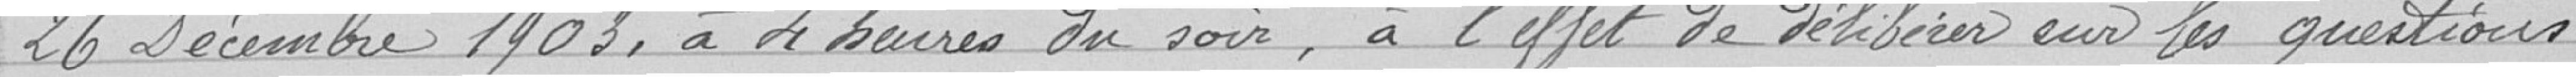
26 décembre 1903, à 4 heures du soir, à l'effet de délibérer sur les questions